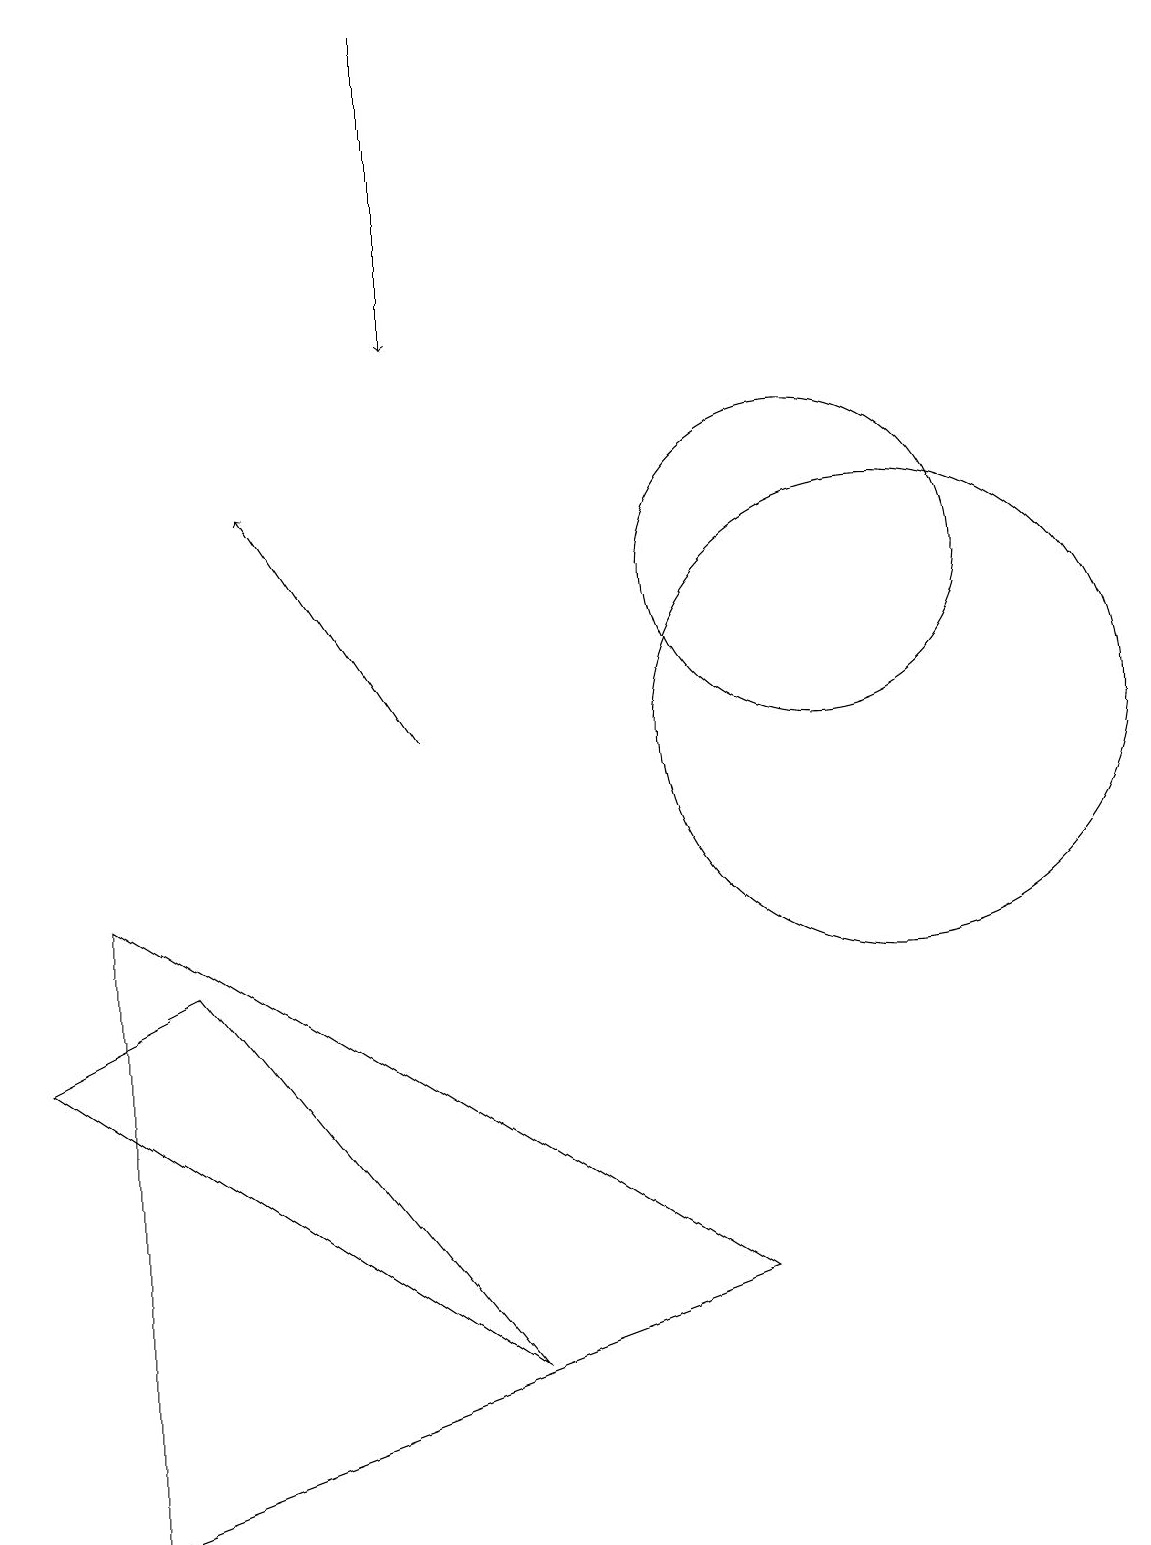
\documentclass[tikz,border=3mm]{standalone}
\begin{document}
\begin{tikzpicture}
\draw (0,6) -- (6,2) -- (2,7) -- cycle;
\draw (11,10) circle (3);
\draw[->] (5,10) -- (3,13);
\draw[->] (5,19) -- (5,15);
\draw (1,8) -- (1,0) -- (9,3) -- cycle;
\draw (10,12) circle (2);
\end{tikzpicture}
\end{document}